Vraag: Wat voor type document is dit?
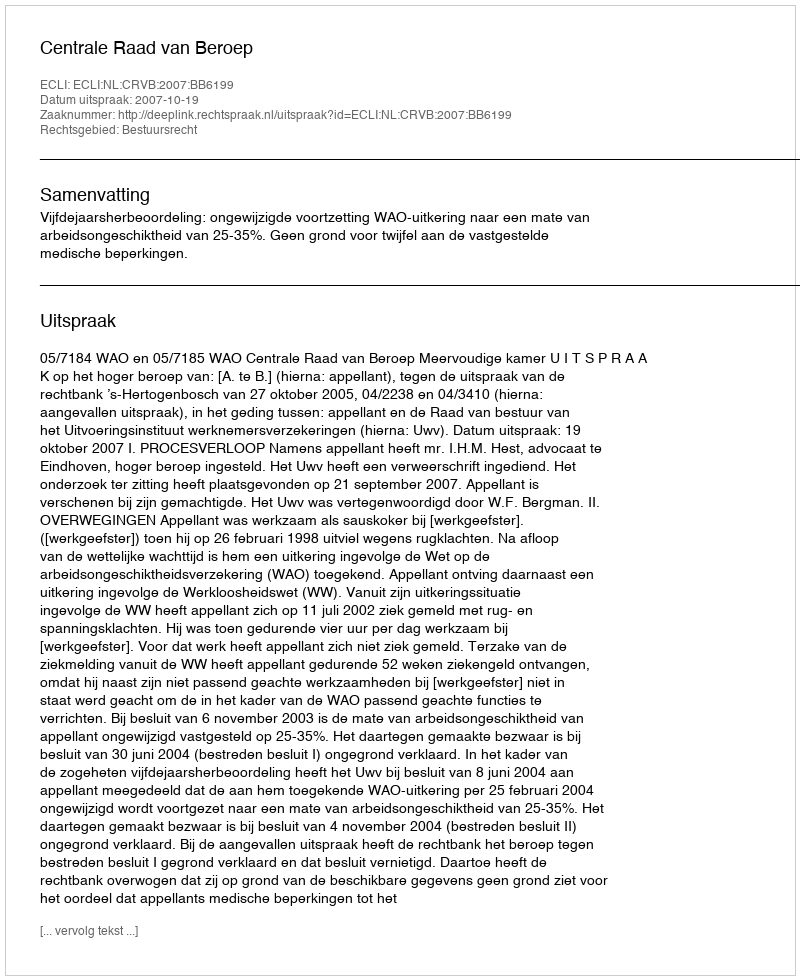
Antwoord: Uitspraak